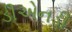
ડીએનડી